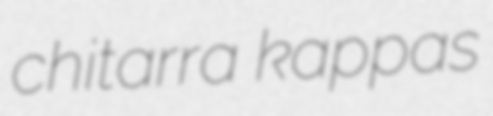
chitarra kappas